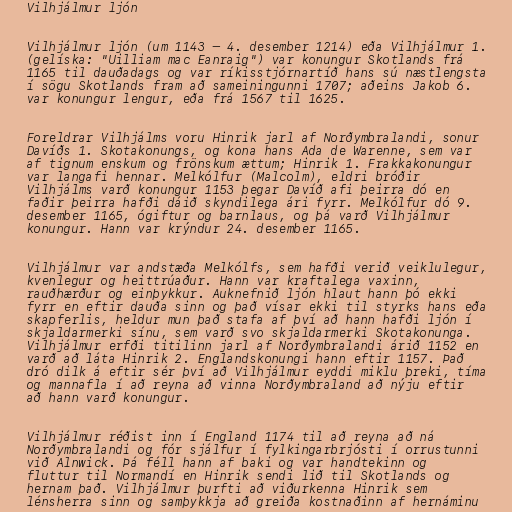
Vilhjálmur ljón

Vilhjálmur ljón (um 1143 – 4. desember 1214) eða Vilhjálmur 1.
(gelíska: "Uilliam mac Eanraig") var konungur Skotlands frá
1165 til dauðadags og var ríkisstjórnartíð hans sú næstlengsta
í sögu Skotlands fram að sameiningunni 1707; aðeins Jakob 6.
var konungur lengur, eða frá 1567 til 1625.

Foreldrar Vilhjálms voru Hinrik jarl af Norðymbralandi, sonur
Davíðs 1. Skotakonungs, og kona hans Ada de Warenne, sem var
af tignum enskum og frönskum ættum; Hinrik 1. Frakkakonungur
var langafi hennar. Melkólfur (Malcolm), eldri bróðir
Vilhjálms varð konungur 1153 þegar Davíð afi þeirra dó en
faðir þeirra hafði dáið skyndilega ári fyrr. Melkólfur dó 9.
desember 1165, ógiftur og barnlaus, og þá varð Vilhjálmur
konungur. Hann var krýndur 24. desember 1165.

Vilhjálmur var andstæða Melkólfs, sem hafði verið veiklulegur,
kvenlegur og heittrúaður. Hann var kraftalega vaxinn,
rauðhærður og einþykkur. Auknefnið ljón hlaut hann þó ekki
fyrr en eftir dauða sinn og það vísar ekki til styrks hans eða
skapferlis, heldur mun það stafa af því að hann hafði ljón í
skjaldarmerki sínu, sem varð svo skjaldarmerki Skotakonunga.
Vilhjálmur erfði titilinn jarl af Norðymbralandi árið 1152 en
varð að láta Hinrik 2. Englandskonungi hann eftir 1157. Það
dró dilk á eftir sér því að Vilhjálmur eyddi miklu þreki, tíma
og mannafla í að reyna að vinna Norðymbraland að nýju eftir
að hann varð konungur.

Vilhjálmur réðist inn í England 1174 til að reyna að ná
Norðymbralandi og fór sjálfur í fylkingarbrjósti í orrustunni
við Alnwick. Þá féll hann af baki og var handtekinn og
fluttur til Normandí en Hinrik sendi lið til Skotlands og
hernam það. Vilhjálmur þurfti að viðurkenna Hinrik sem
lénsherra sinn og samþykkja að greiða kostnaðinn af hernáminu